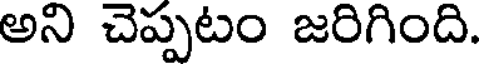
అని చెప్పటం జరిగింది.